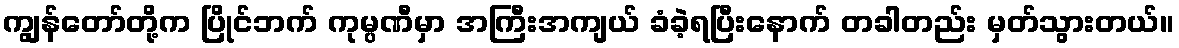
ကျွန်တော်တို့က ပြိုင်ဘက် ကုမ္ပဏီမှာ အကြီးအကျယ် ခံခဲ့ရပြီးနောက် တခါတည်း မှတ်သွားတယ်။